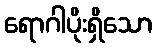
ရောဂါပိုးရှိသော